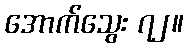
အောက်သွေး ၇၂။